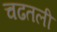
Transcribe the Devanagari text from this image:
चढतली